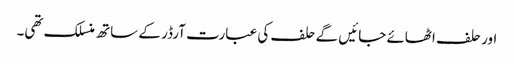
اور حلف اٹھائے جائیں گے حلف کی عبارت آرڈر کے ساتھ منسلک تھی۔